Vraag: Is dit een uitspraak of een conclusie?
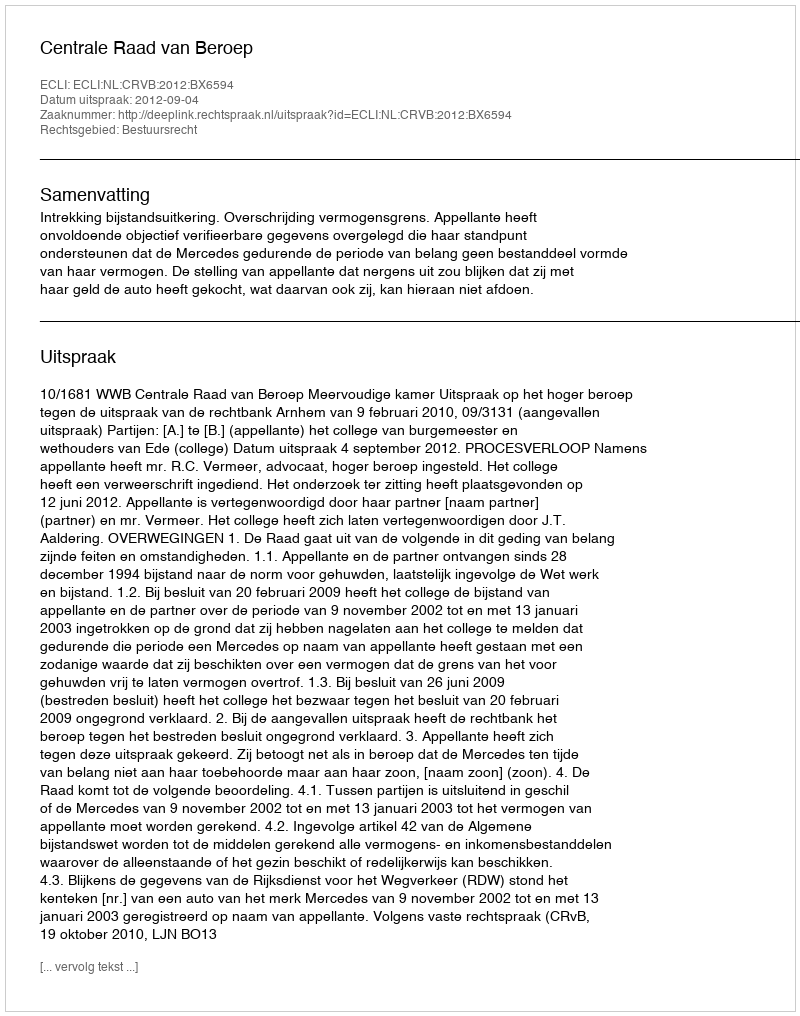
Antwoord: Uitspraak